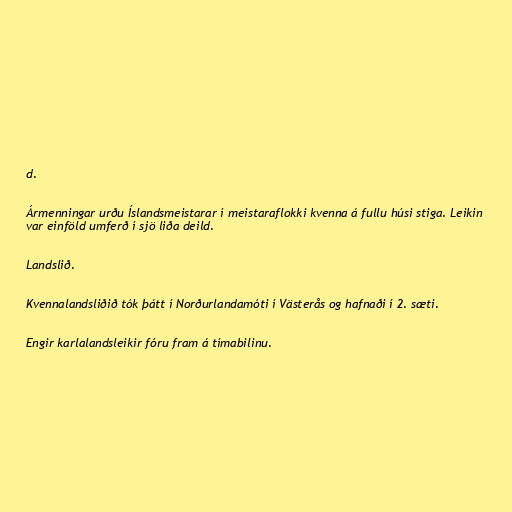
d.

Ármenningar urðu Íslandsmeistarar í meistaraflokki kvenna á fullu húsi stiga. Leikin
var einföld umferð í sjö liða deild.

Landslið.

Kvennalandsliðið tók þátt í Norðurlandamóti í Västerås og hafnaði í 2. sæti.

Engir karlalandsleikir fóru fram á tímabilinu.